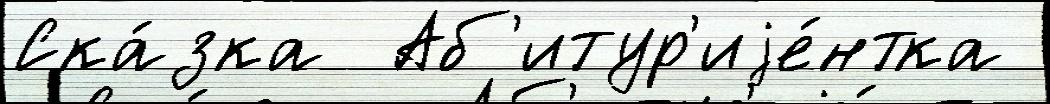
Ска́зка  Аб'итур'иjе́нтка